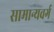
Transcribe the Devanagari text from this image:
सामान्यवर्ग